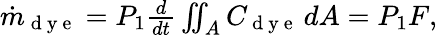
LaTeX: \begin{array}{r}{\dot{m}_{\mathrm{~d~y~e~}}=P_{1}\frac{d}{dt}\iint_{A}C_{\mathrm{~d~y~e~}}\, dA=P_{1}F,}\end{array}